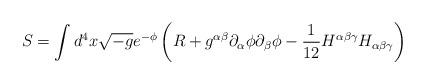
LaTeX: \begin{align*}S=\int d^4 x\sqrt{-g}e^{-\phi }\left(R+g^{\alpha \beta }\partial _\alpha \phi\partial _\beta \phi -\frac 1{12}H^{\alpha \beta \gamma }H_{\alpha \beta\gamma }\right)\end{align*}